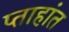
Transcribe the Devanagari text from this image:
प्ताहांत